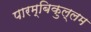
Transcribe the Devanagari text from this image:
पारम्बिकुल्लम